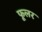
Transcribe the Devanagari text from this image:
फूलर